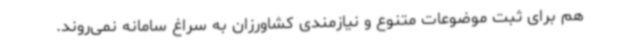
هم برای ثبت موضوعات متنوع و نیازمندی کشاورزان به سراغ سامانه نمی‌روند.